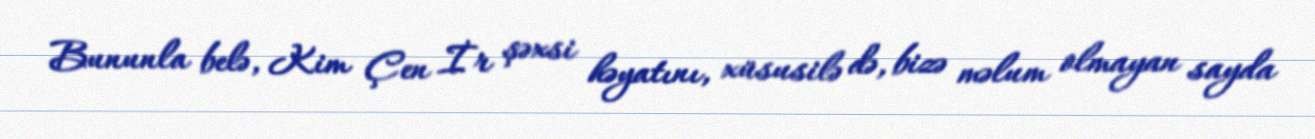
Bununla belə, Kim Çen İr şəxsi həyatını, xüsusilə də, bizə məlum olmayan sayda